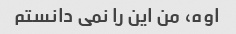
اوه، من این را نمی دانستم